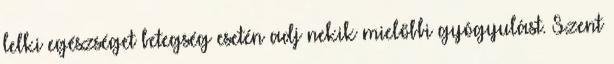
lelki egészséget betegség esetén adj nekik mielőbbi gyógyulást. Szent